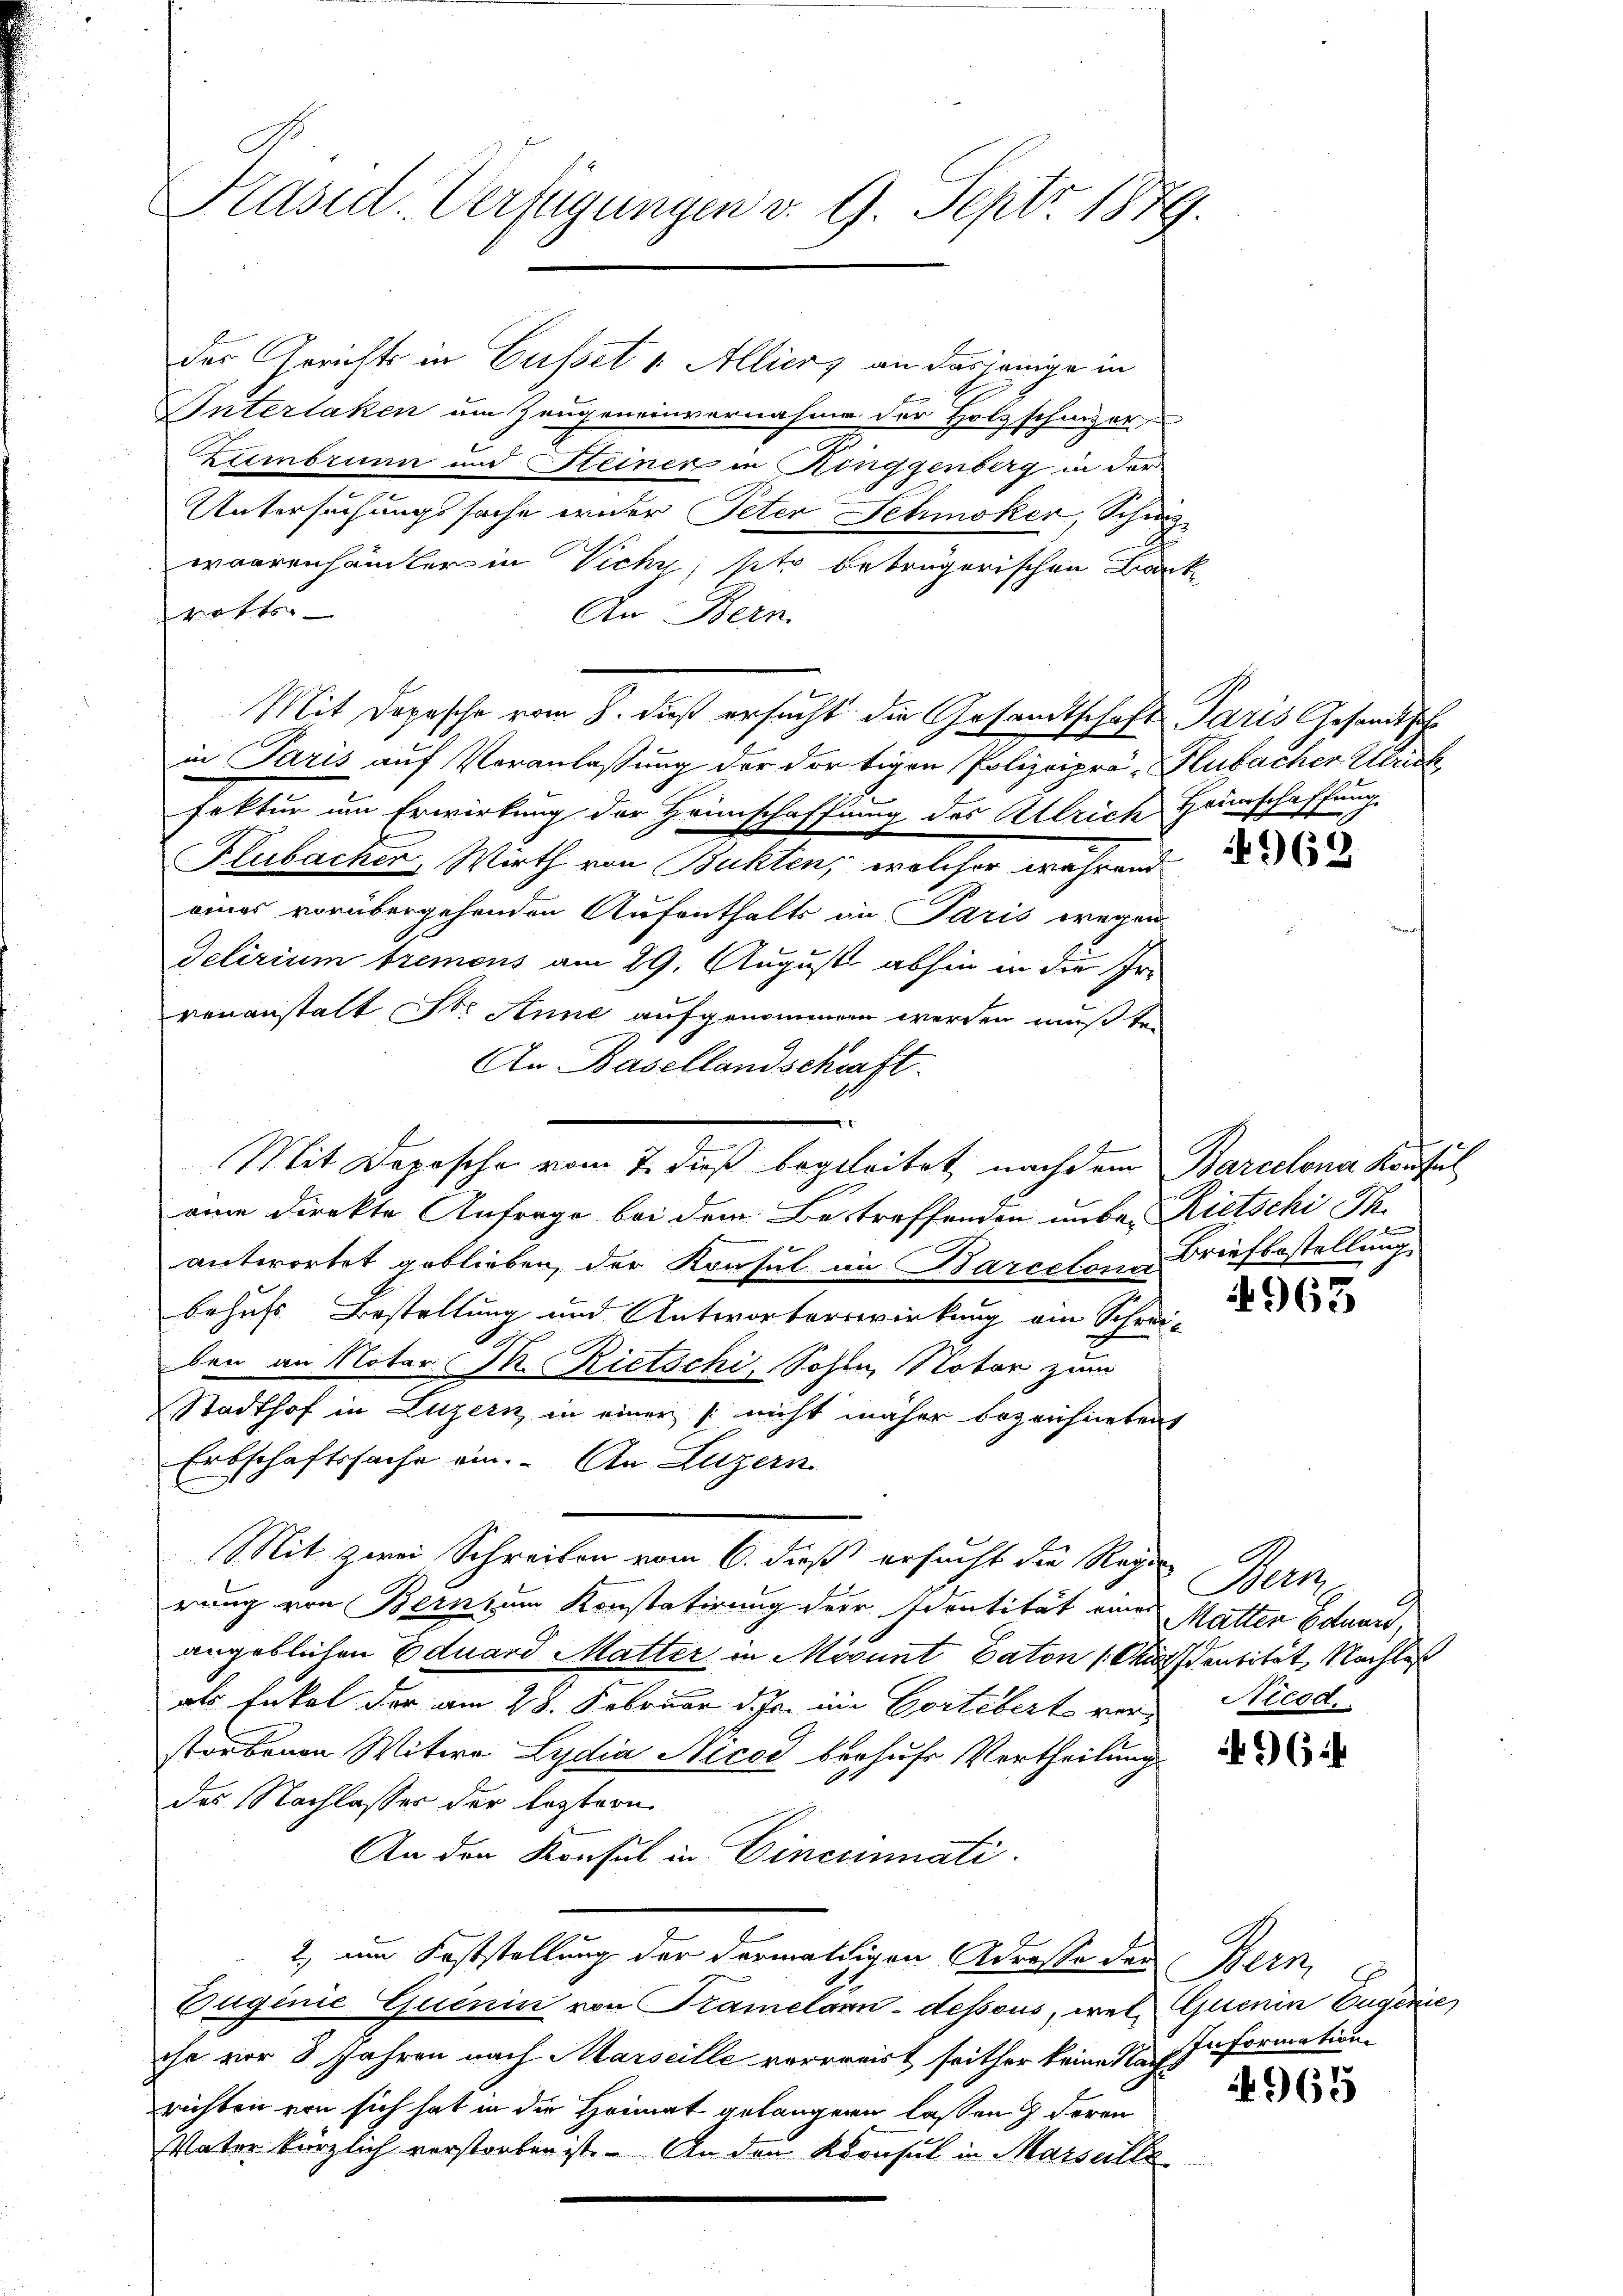
Kräsid. Verfügungen v. 9. Sept. 1879.

der Gerichts in Busset v. Allier, an dasjenige in
Interlaken um Zeugeneinvernahme der Holzschmer
Zumbrunn und Steiner in Ringgenberg in der
Untersuchungssache weder Peter Schmoker, Schuwaarenhändler in Vich; sitz beträgerischen Banke
hratti
An Bern.
Mit Dopische vom 8. daß ersucht die Gesandtschaft Paris Gesandtsche
in Paris auf Veranlaßung der dortigen Polizeiprä-Flubacher Ulrich
fektur um Erwirkung der Heimschaffung des Allrich Heuerschaffung
Flubacker, Wirth von Bukten, welcher während
eines vorübergehenden Aufenthalts in Paris wegen
Delirium tremens am 29. August abhin in die Irrenanstalt Str. Anne aufgenommen werden mußten
An Basellandschaft.
e
Mit Depesche vom 7. dieß begleitet nachdem Barcelona Konsul
eine direkte Anfrage bei dem Betreffenden unbe- Rietschi Th.
antwortet geblieben, der Konsul im Barcelon Briefbestellung
behufs Bestellung und Antworterswirkung ein Schrei¬
.
ben an Notar. In Rietschi, Sohne Notar zum
Stadthof in Luzern, in einer (nicht näher bezeichneten
Erbschaftssache ein. An Luzern
Mit zwei Schreiben vom 6. dieß ersucht die Regi
rung von Bern zum Konstatirung der Identität eine Mutter Eduard,
angeblichen Eduard Matter in Mösunt Daton (Ausdentität Nachlas
als Enkel der am 28. Februar d. Js. im Cortebert verstorbenen Witwe Lydia Nicod beruhe Vertheilung
des Nachlasser der leztern
An den Konsul in Cinccinati
2), um Feststellung der dermaldigen Adresse der Bern,
Eugenie-Quenin von Kramelann-dessous, wele Quenin Eugenie
ohn vor 3 Jahren nach Marseille verreist, seither keine Nach Information
richten von sich hat in die Heimat gelangenen lassen  deren
Vater kürzlich verstorben ist. An den Konsul in Marseille

962

4963

Bern
Nicod.

965